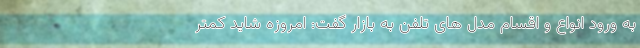
به ورود انواع و اقسام مدل های تلفن به بازار گفت: امروزه شاید کمتر